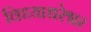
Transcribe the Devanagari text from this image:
विध्याधरेश्वर